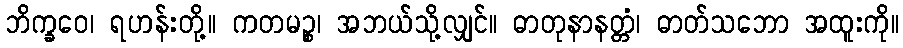
ဘိက္ခဝေ၊ ရဟန်းတို့။ ကတမဉ္စ၊ အဘယ်သို့လျှင်။ ဓာတုနာနတ္တံ၊ ဓာတ်သဘော အထူးကို။